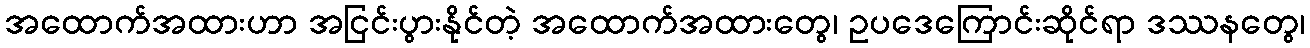
အထောက်အထားဟာ အငြင်းပွားနိုင်တဲ့ အထောက်အထားတွေ၊ ဥပဒေကြောင်းဆိုင်ရာ ဒဿနတွေ၊